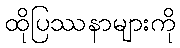
ထိုပြဿနာများကို